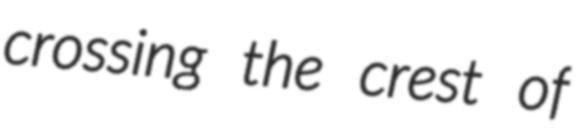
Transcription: crossing the crest of